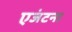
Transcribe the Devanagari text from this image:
एजंटना